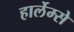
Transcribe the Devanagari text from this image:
हार्लेम्से